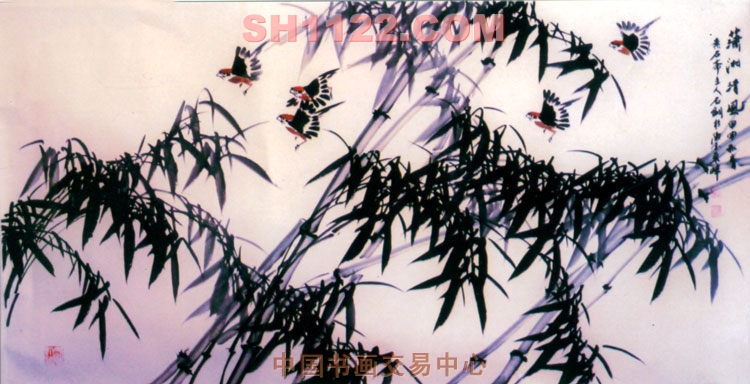
岁云暮矣多北风，潇湘洞庭白雪中。